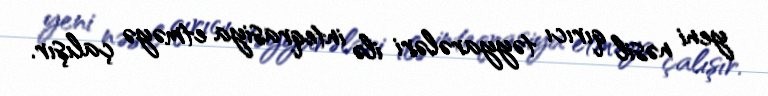
yeni nəsil qırıcı təyyarələri ilə inteqrasiya etməyə çalışır.